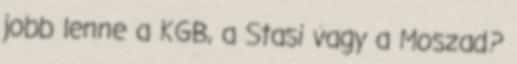
jobb lenne a KGB, a Stasi vagy a Moszad?